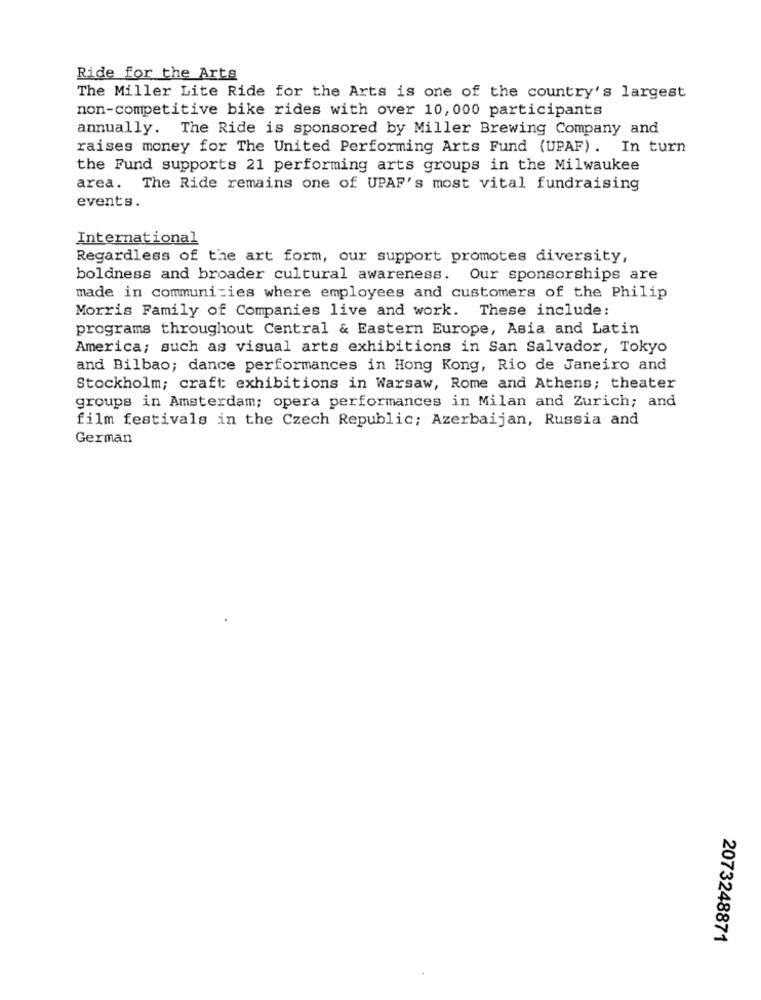
Ride for the Arts
The Miller Lite Ride for the Arts is one of the country's largest
non-competitive bike rides with over 10, 000 participants
annually. The Ride is sponsored by Miller Brewing Company and
raises money for The United Performing Arts Fund (UPAF). In turn
the Fund supports 21 performing arts groups in the Milwaukee
area. The Ride remains one of UPAF's most vital fundraising
events.
International
Regardless of the art form, our support promotes diversity,
boldness and broader cultural awareness. Our sponsorships are
made in communities where employees and customers of the Philip
Morris Family of Companies live and work. These include:
programs throughout Central & Eastern Europe, Asia and Latin
America; such as visual arts exhibitions in San Salvador, Tokyo
and Bilbao; dance performances in Hong Kong, Rio de Janeiro and
Stockholm; craft exhibitions in Warsaw, Rome and Athens; theater
groups in Amsterdam; opera performances in Milan and Zurich; and
film festivals in the Czech Republic; Azerbaijan, Russia and
German
2073248871